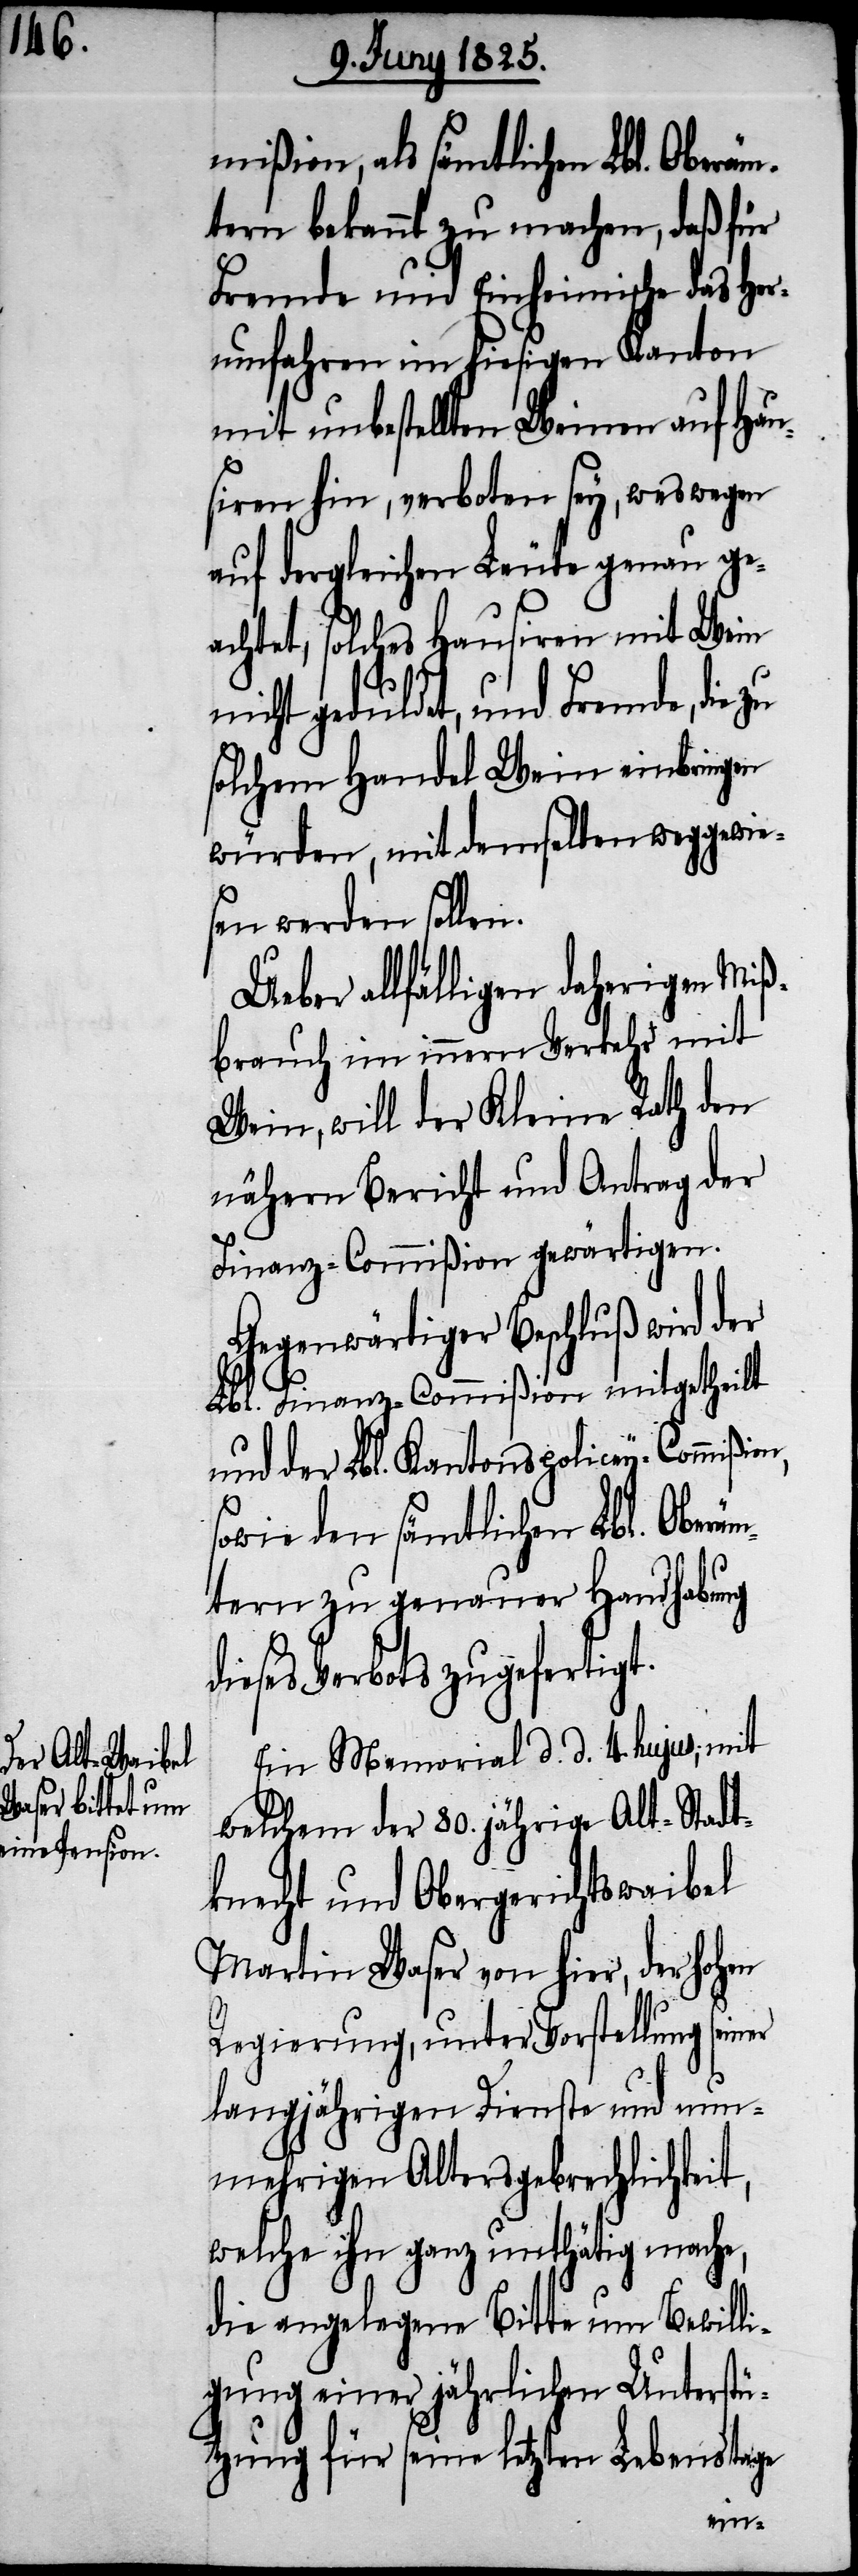
mißion, als sämtlichen Lbl. Oberäm¬
tern bekannt zu machen, daß für
Fremde und Einheimische das Her¬
umfahren im hiesigen Kanton
mit unbestellten Weinen auf Hau¬
siren hin, verboten sey, weswegen
auf dergleichen Leute genau ge¬
achtet, solches Hausiren mit Wein
nicht geduldet, und Fremde, die
solchem Handel Wein einbringen
würden, mit demselben weggewies¬
en werden sollen.
Ueber allfälligen daherigen Miß¬
brauch im innern Verkehr mit
Wein, will der Kleine Rath den
nähern Bericht und Antrag der
Finanz-Commißion gewärtigen.
Gegenwärtiger Beschluß wird der
Lbl. Finanz-Commißion mitgetheilt
und der Lbl. Kantons-Policey-Commißio¬
sowie den sämtlichen Lbl. Oberä¬
mtern zu genauer Handhabung
dieses Verbots zugefertigt.
Ein Memorial d. d. 4. hujus, mit
welchem der 80. jährige Alt-Stadt¬
knecht und Obergerichtswaibel
Martin Waser von hier, der hohen
Regierung, unter Vorstellung seiner
langjährigen Dienste und nu¬
nmehrigen Altersgebrechlichkeit,
welche ihn ganz unthätig mache,
die angelegene Bitte um Bewilli¬
gung einer jährlichen Unterstü¬
tzung für seine letzten Lebenstage
n,